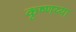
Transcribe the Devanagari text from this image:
कृष्णय्या